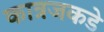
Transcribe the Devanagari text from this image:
कात्रजकडे